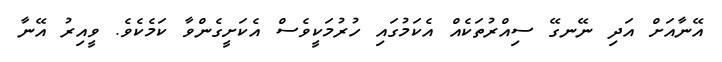
އޭނާއަށް އަދި ނޭނގޭ ސިއްރުތަކެއް އެކަމުގައި ހުރުމަކީވެސް އެކަށީގެންވާ ކަމެކެވެ. ވީއިރު އޭނާ